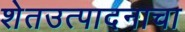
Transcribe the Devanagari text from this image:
शेतउत्पादनाचा